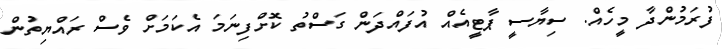
ފުރަމުންދާ މީހެއް. ސިޔާސީ ޕާޓީއެއް އުފައްދަން ގަސްތު ކޮށްފިނަމަ އެކަމަށް ވެސް ރައްޔިތުން